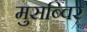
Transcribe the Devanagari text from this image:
मुसब्विर